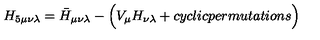
H _ { 5 \mu \nu \lambda } = \bar { H } _ { \mu \nu \lambda } - \Bigl ( V _ { \mu } H _ { \nu \lambda } + c y c l i c p e r m u t a t i o n s \Bigr )